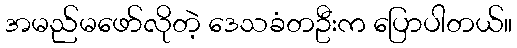
အမည်မဖော်လိုတဲ့ ဒေသခံတဦးက ပြောပါတယ်။